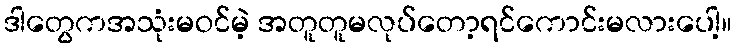
ဒါတွေကအသုံးမဝင်မဲ့ အတူတူမလုပ်တော့ရင်ကောင်းမလားပေါ့။